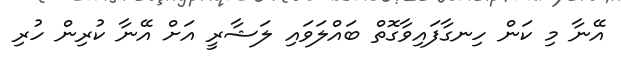
އޭނާ މި ކަން ހިނގާފައިވާގޮތް ބައްލަވައި ލަޝާރީ އަށް އޭނާ ކުރިން ހުރި